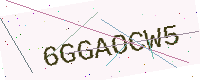
Text: 6GGAOCW5